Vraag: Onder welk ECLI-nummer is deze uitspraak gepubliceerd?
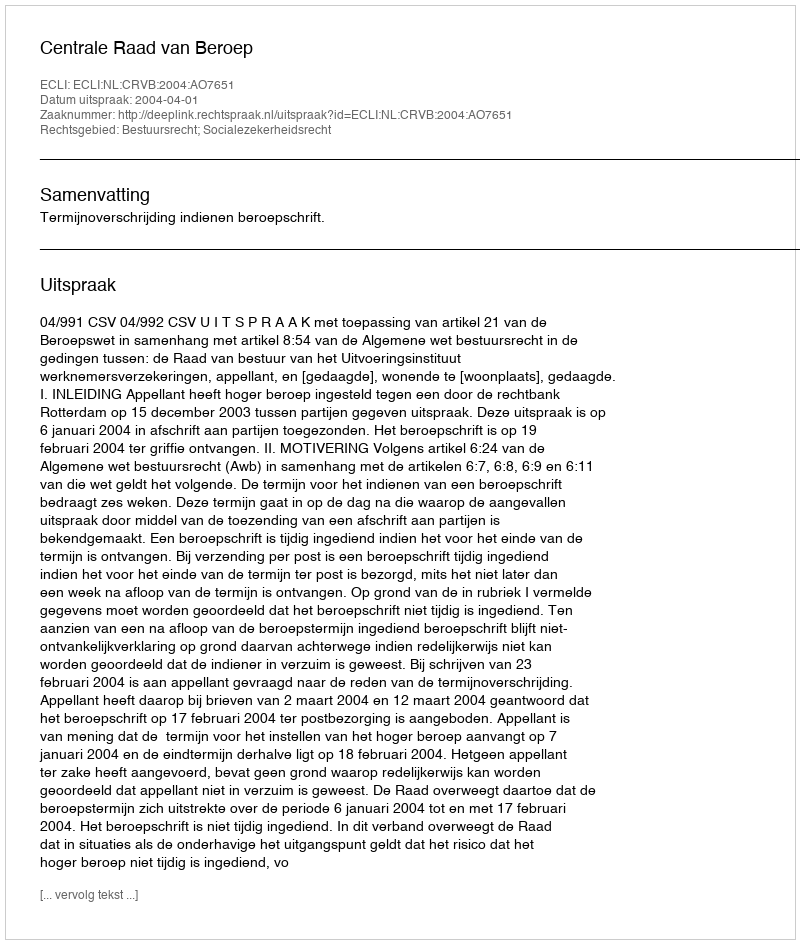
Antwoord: ECLI:NL:CRVB:2004:AO7651